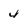
Character: 4